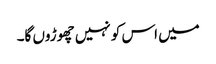
میں اس کو نہیں چھوڑوں گا۔